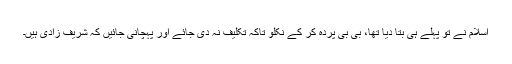
اسلام نے تو پہلے ہی بتا دیا تھا، بی بی پردہ کر کے نکلو تاکہ تکلیف نہ دی جائے اور پہچانی جائیں کہ شریف زادی ہیں۔